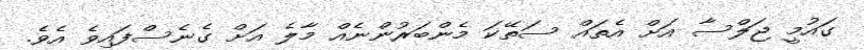
ގައުމީ ޖަލްސާ އަށް އެތައް ސަތޭކަ މެންބަރުންނެއް މާލެ އަށް ގެނެސްފައިވެ އެވެ.